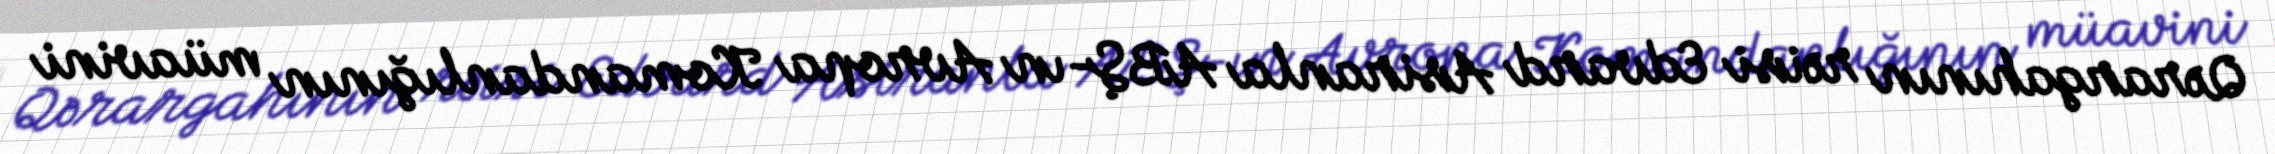
Qərargahının rəisi Edvard Asiranla ABŞ-ın Avropa Komandanlığının müavini